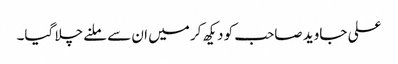
علی جاوید صاحب کو دیکھ کر میں ان سے ملنے چلا گیا۔